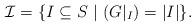
LaTeX: \begin{align*}\mathcal{I} = \{ I \subseteq S \ | \ (G|_I) = |I| \}.\end{align*}